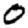
Digit: 0